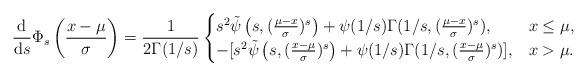
LaTeX: \begin{align*}\frac{\mathrm{d}}{\mathrm{d}s}\Phi_s\left(\frac{x-\mu}{\sigma}\right)&=\frac{1}{2\Gamma(1/s)}\begin{cases}s^2\tilde\psi\left( s, (\frac{\mu-x}{\sigma})^s\right)+ \psi(1/s)\Gamma(1/s, (\frac{\mu-x}{\sigma})^s),&x\leq\mu,\\-[s^2\tilde\psi\left( s, (\frac{x-\mu}{\sigma})^s\right)+ \psi(1/s)\Gamma(1/s, (\frac{x-\mu}{\sigma})^s)],&x>\mu.\end{cases}\end{align*}